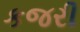
કજરી